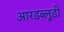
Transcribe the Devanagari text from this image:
आरडब्लूडी